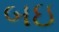
બઇ